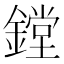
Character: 鏜